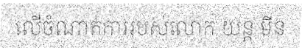
លើចំណាត់ការរបស់លោក យន្ត មីន